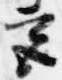
宮